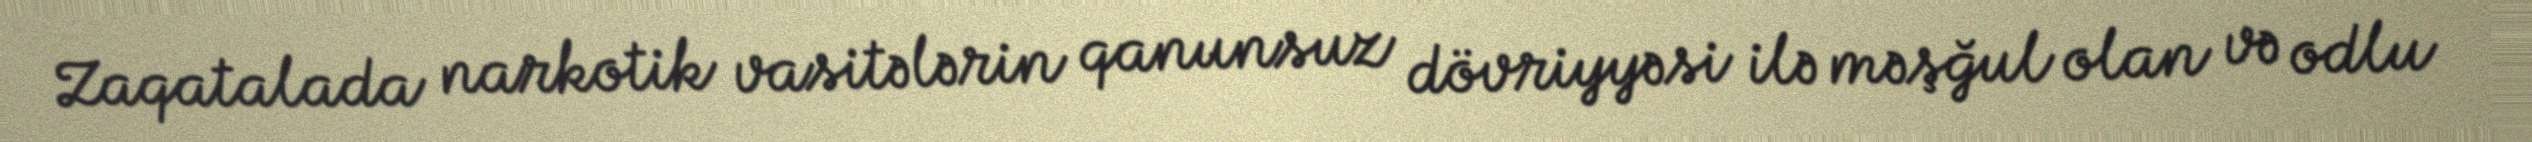
Zaqatalada narkotik vasitələrin qanunsuz dövriyyəsi ilə məşğul olan və odlu